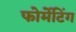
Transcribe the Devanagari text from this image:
फोर्मेटिंग